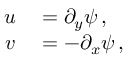
\begin{array} { r l } { u } & { { } = \partial _ { y } \psi \, , } \\ { v } & { { } = - \partial _ { x } \psi \, , } \end{array}